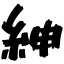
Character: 紳